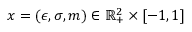
\boldsymbol { x } = ( \epsilon , \sigma , m ) \in \mathbb { R } _ { + } ^ { 2 } \times [ - 1 , 1 ]